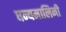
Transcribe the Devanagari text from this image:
धन्यमालिनी